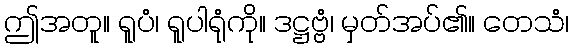
ဤအတူ။ ရူပံ၊ ရူပါရုံကို။ ဒဋ္ဌဗ္ဗံ၊ မှတ်အပ်၏။ တေသံ၊